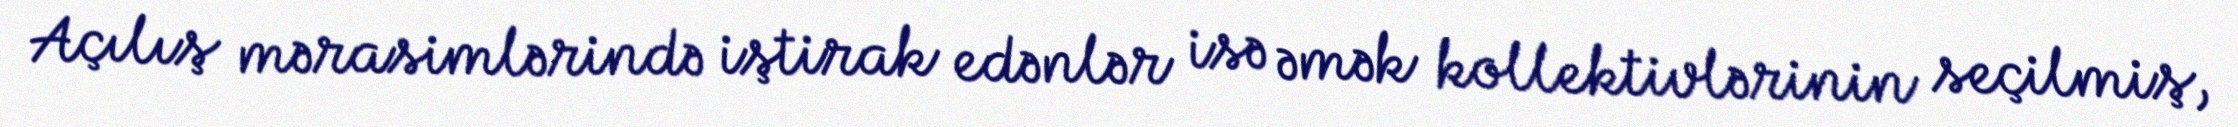
Açılış mərasimlərində iştirak edənlər isə əmək kollektivlərinin seçilmiş,